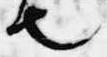
也